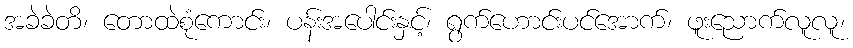
အခဲခဲတိ၊ တောထဲစုံကောင်း၊ ပန်းအပေါင်းနှင့်၊ ရွက်ဟောင်းပင်အောက်၊ ဖူးညောက်လူလူ၊